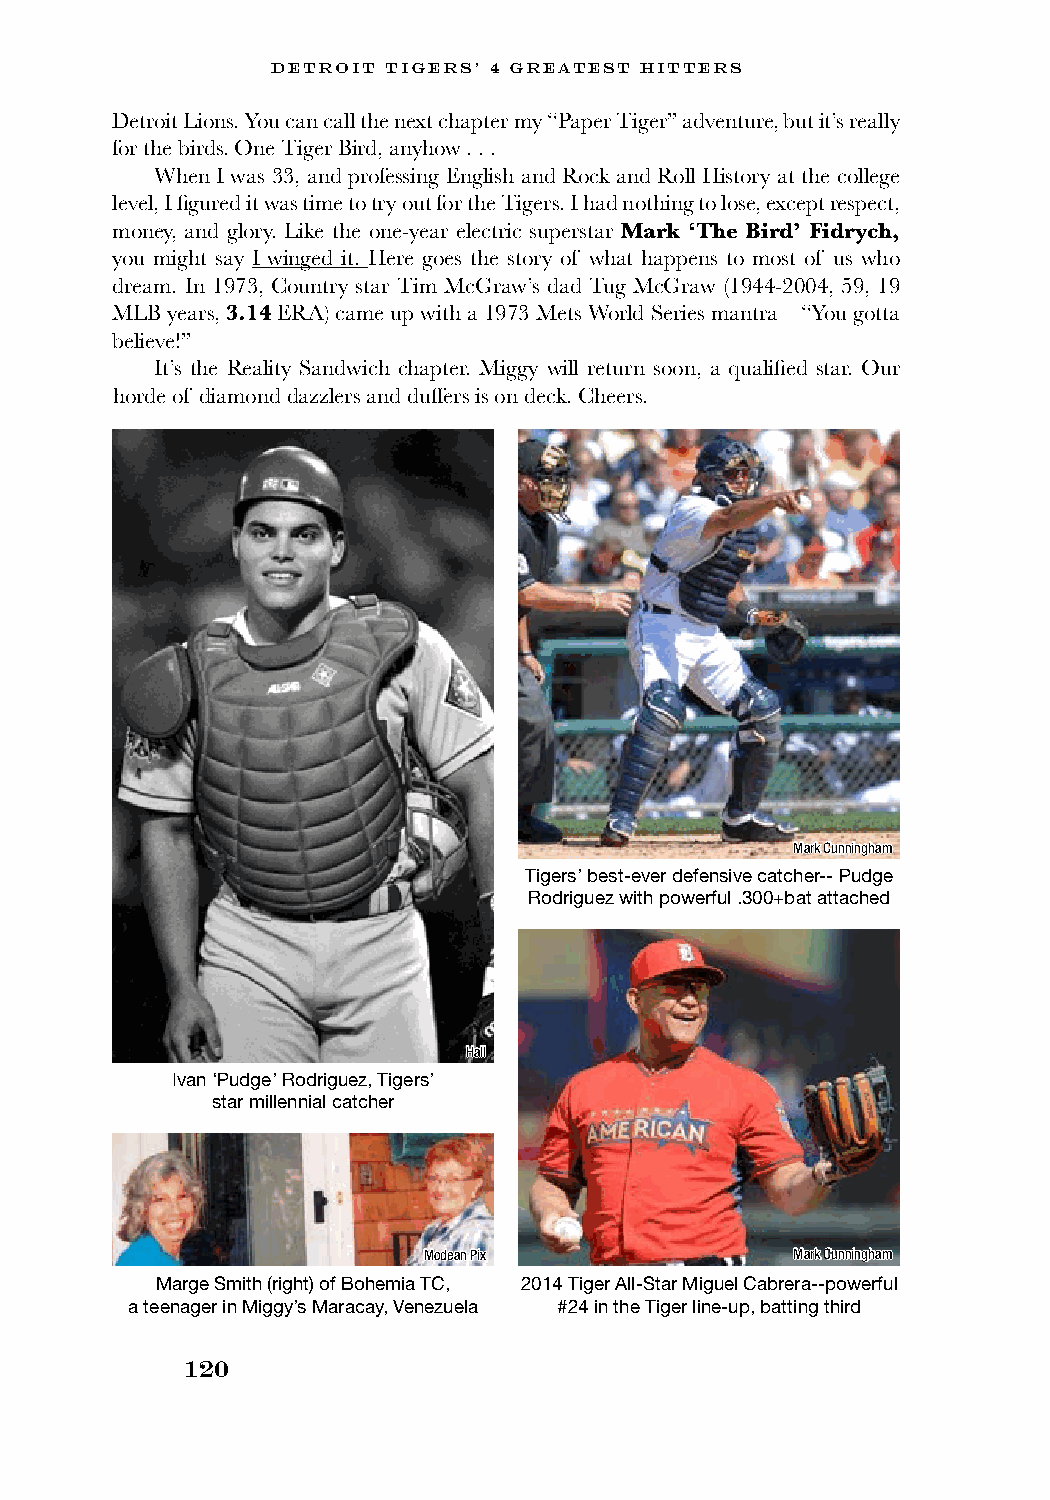
DETROIT TIGERS’ 4 GREATEST HITTERS
 Detroit Lions. You can call the next chapter my “Paper Tiger” adventure, but it’s really
 for the birds. One Tiger Bird, anyhow . . .
 When I was 33, and professing English and Rock and Roll History at the college
 level, I figured it was time to try out for the Tigers. I had nothing to lose, except respect,
 money, and glory. Like the one-year electric superstar Mark ‘The Bird’ Fidrych,
 you might say I winged it. Here goes the story of what happens to most of us who
 dream. In 1973, Country star Tim McGraw’s dad Tug McGraw (1944-2004, 59, 19
 MLB years, 3.14 ERA) came up with a 1973 Mets World Series mantra—“You gotta
 believe!”
 It’s the Reality Sandwich chapter. Miggy will return soon, a qualified star. Our
 horde of diamond dazzlers and duffers is on deck. Cheers.
 Mark Cunningham
 Tigers’ best-ever defensive catcher-- Pudge
 Rodriguez with powerful .300+bat attached
 Hall
 Ivan ‘Pudge’ Rodriguez, Tigers’
 star millennial catcher
 Modean Pix               Mark Cunningham
 Marge Smith (right) of Bohemia TC, 2014 Tiger All-Star Miguel Cabrera--powerful
 a teenager in Miggy’s Maracay, Venezuela #24 in the Tiger line-up, batting third
 120